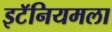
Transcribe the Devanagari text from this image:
इटॅनियमला